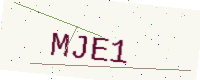
Text: MJE1